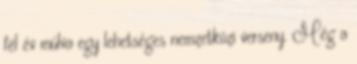
fél év múlva egy lehetséges nemzetközi verseny. Még a